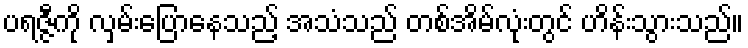
ပရဇ္ဇီကို လှမ်းပြောနေသည့် အသံသည် တစ်အိမ်လုံးတွင် ဟိန်းသွားသည်။